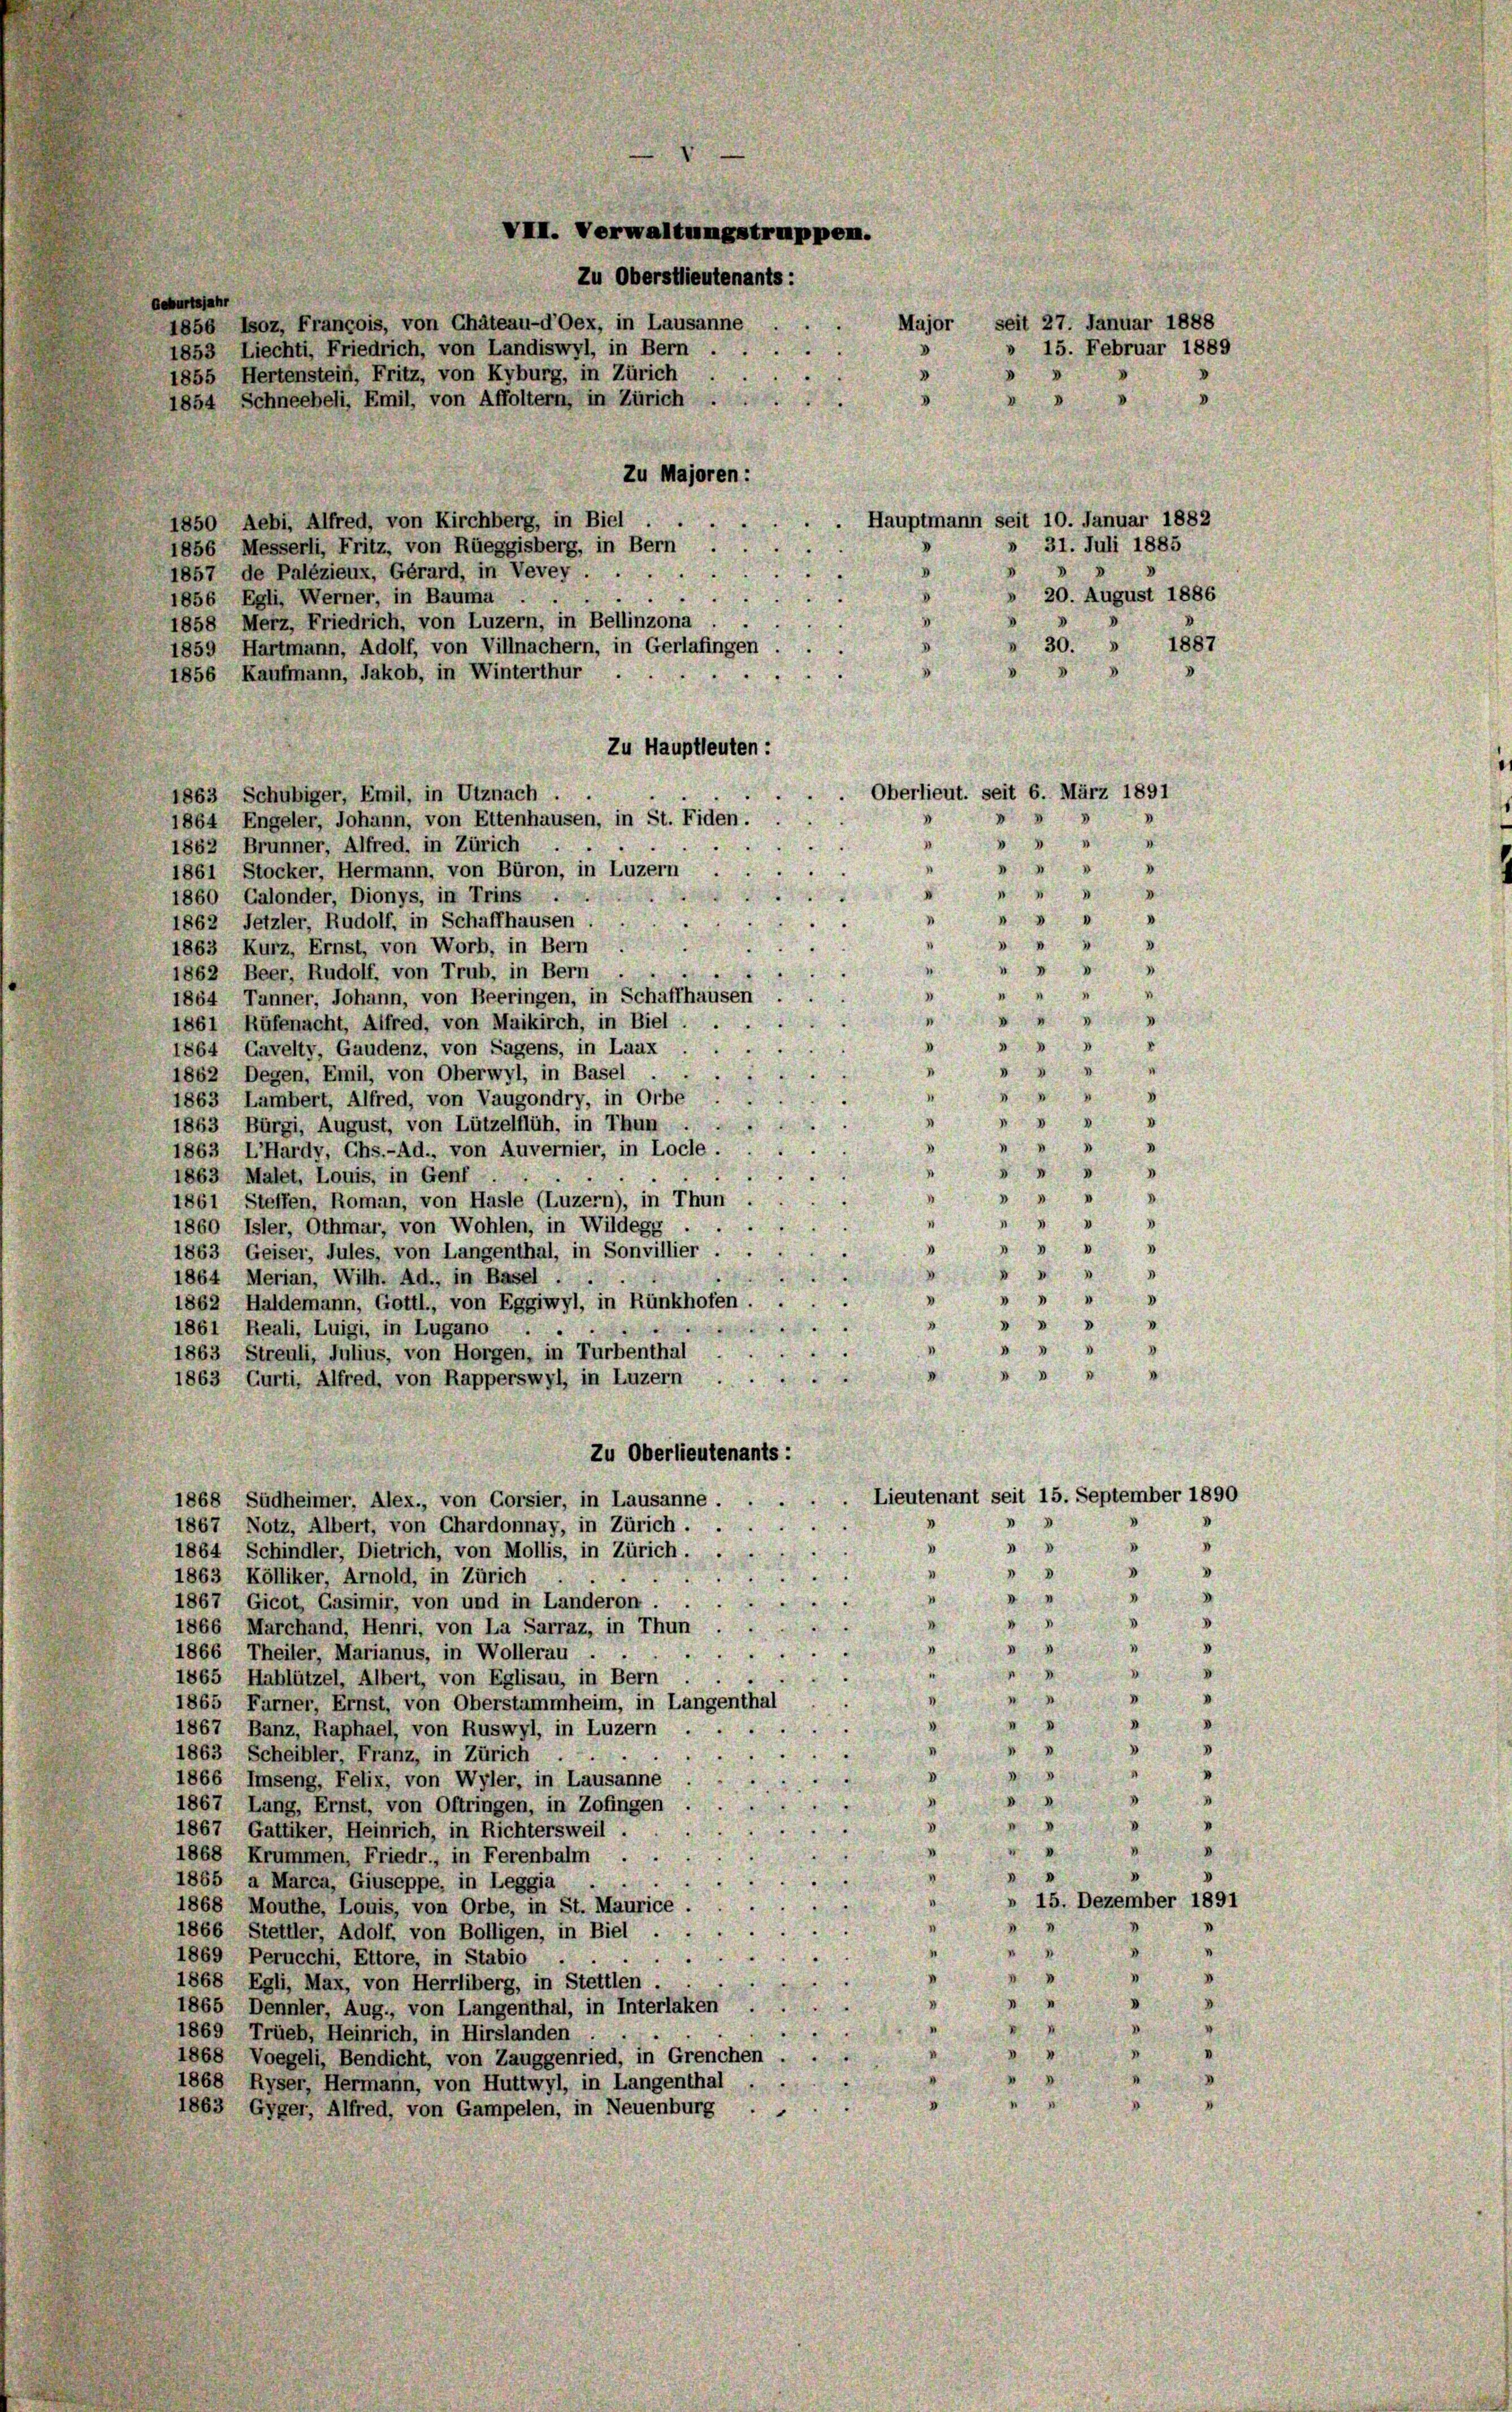
Geburtsjahr

III. Verwaltungstruppen.
Zu Oberstlieutenants:
1856 Isoz, Francois, von Chäteau-d’Oex, in Lausanne
1853 Liechti, Friedrich, von Landiswyl, in Bern
1855 Hertenstein, Fritz, von Kyburg, in Zürich
1854 Schneebeli, Emil, von Affoltern, in Zürich
Zu Majoren:
Hauptmann seit 10. Januar 1882
1850 Aebi, Alfred, von Kirchberg, in Biel
» 31. Juli 1885
1856 Messerli, Fritz, von Rüeggisberg, in Bern
1857 de Palézieux, Gérard, in Vevey .
» 20. August 1886

1856 Egli, Werner, in Bauma
1858 Merz, Friedrich, von Luzern, in Bellinzona
 30. » 1887
1859 Hartmann, Adolf, von Villnachern, in Gerlafingen
1856 Kaufmann, Jakob, in Winterthur
Zu Hauptleuten:
Oberlieut. seit 6. März 1891
1863 Schubiger, Emil, in Utznach.
3
v
1864 Engeler, Johann, von Ettenhausen, in St. Fiden.
.

1862 Brunner, Alfred, in Zürich

1861 Stocker, Hermann, von Büron, in Luzern
" " 34
I
1860 Galonder, Dionys, in Trins .
.
"
"

1862 Jetzler, Rudolf, in Schaffhausen
2
1863 Kurz, Ernst, von Worb, in Bern
.

1862 Beer, Rudolf, von Trub, in Bern
" 4
1864 Tanner, Johann, von Beeringen, in Schaffhausen
"  "
1861 Rüfenacht, Alfred, von Maikirch, in Biel

V
1864 Cavelty, Gaudenz, von Sagens, in Laax
.
 4
1862 Degen, Emil, von Oberwyl, in Basel
.
8
1863 Lambert, Alfred, von Vaugondry, in Orbe
s

1863 Bürgi, August, von Lützelflüh, in Thun
.
.

1863 LHardy, Chs.-Ad., von Auvernier, in Locle.
.
5 " "
1863 Malet, Louis, in Genf
" " " 8
1
1861 Steffen, Roman, von Hasle (Luzern), in Thun
.

1860 Isler, Othmar, von Wohlen, in Wildegg -
.

.
1863 Geiser, Jules, von Langenthal, in Sonvillier,
d
1864 Merian, Wilh. Ad., in Basel . .

n
v
1862 Haldemann, Gottl., von Eggiwyl, in Rünkhofen.
.
"
1861 Reali, Luigi, in Lugano

1863 Streuli, Julius, von Horgen, in Turbenthal
1863 Curti, Alfred, von Rapperswyl, in Luzern
Zu Oberlieutenants:
Lieutenant seit 15. September 1890
1868 Südheimer, Alex., von Corsier, in Lausanne.

1867 Notz, Albert, von Chardonnay, in Zürich.
d
.
.

1864 Schindler, Dietrich, von Mollis, in Zürich.

v
1863 Kölliker, Arnold, in Zürich

1867 Gicot Casimir, von und in Landeron.
1866 Marchand, Henri, von La Sarraz, in Thun
1866 Theiler, Marianus, in Wollerau ..
1865 Hablützel, Albert, von Eglisau, in Bern
D
1865 Farner, Ernst, von Oberstammheim, in Langer
1867 Banz, Raphael, von Ruswyl, in Luzern
.
1863 Scheibler, Franz, in Zürich ...
4

3
4
1866 Imseng, Felix, von Wyler, in Lausanne
3
I
1867 Lang, Ernst, von Oftringen, in Zofingen
d
V
1867, Gattiker, Heinrich, in Richtersweil.
1868 Krummen, Friedr., in Ferenbalm
1865 a Marca, Giuseppe, in Leggia
 15. Dezember 1891
1868 Mouthe, Louis, von Orbe, in St. Maurice
1866 Stettler, Adolf, von Bolligen, in Biel .
.
1869 Perucchi, Ettore, in Stabio
1868 Egli, Max, von Herrliberg, in Stettlen,
1865 Dennler, Aug., von Langenthal, in Interlaken
1869 Trüeb, Heinrich, in Hirslanden
1868 Voegeli, Bendicht, von Zauggenried, in Grenchen
1868 Ryser, Hermann, von Huttwyl, in Langenthal . .
1863 Gyger, Alfred, von Gampelen, in Neuenburg

Major, seit 27. Januar 1888
15. Februar 1889
v